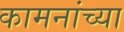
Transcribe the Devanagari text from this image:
कामनांच्या